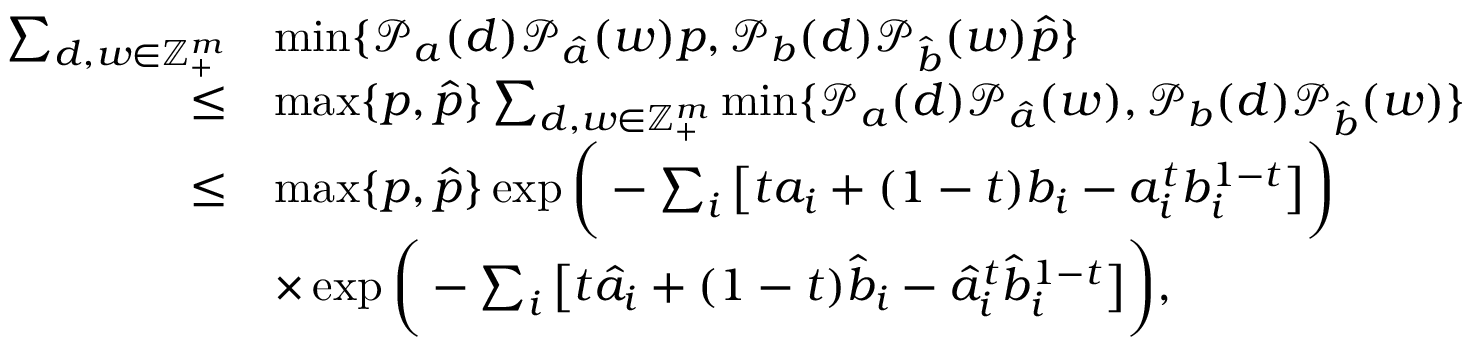
\begin{array} { r l } { \sum _ { d , w \in \mathbb { Z } _ { + } ^ { m } } } & { \operatorname* { m i n } \{ \mathcal { P } _ { a } ( d ) \mathcal { P } _ { \hat { a } } ( w ) p , \mathcal { P } _ { b } ( d ) \mathcal { P } _ { \hat { b } } ( w ) \hat { p } \} } \\ { \leq } & { \operatorname* { m a x } \{ p , \hat { p } \} \sum _ { d , w \in \mathbb { Z } _ { + } ^ { m } } \operatorname* { m i n } \{ \mathcal { P } _ { a } ( d ) \mathcal { P } _ { \hat { a } } ( w ) , \mathcal { P } _ { b } ( d ) \mathcal { P } _ { \hat { b } } ( w ) \} } \\ { \leq } & { \operatorname* { m a x } \{ p , \hat { p } \} \exp \bigg ( - \sum _ { i } \big [ t a _ { i } + ( 1 - t ) b _ { i } - a _ { i } ^ { t } b _ { i } ^ { 1 - t } \big ] \bigg ) } \\ & { \times \exp \bigg ( - \sum _ { i } \big [ t \hat { a } _ { i } + ( 1 - t ) \hat { b } _ { i } - \hat { a } _ { i } ^ { t } \hat { b } _ { i } ^ { 1 - t } \big ] \bigg ) , } \end{array}